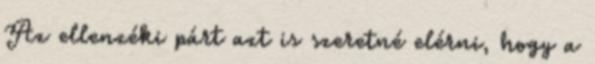
Az ellenzéki párt azt is szeretné elérni, hogy a